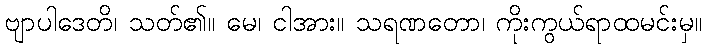
ဗျာပါဒေတိ၊ သတ်၏။ မေ၊ ငါအား။ သရဏတော၊ ကိုးကွယ်ရာထမင်းမှ။